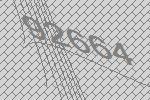
92664